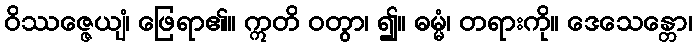
ဝိဿဇ္ဇေယျံ၊ ဖြေရာ၏။ ဣတိ ဝတွာ၊ ၍။ ဓမ္မံ၊ တရားကို။ ဒေသေန္တော၊